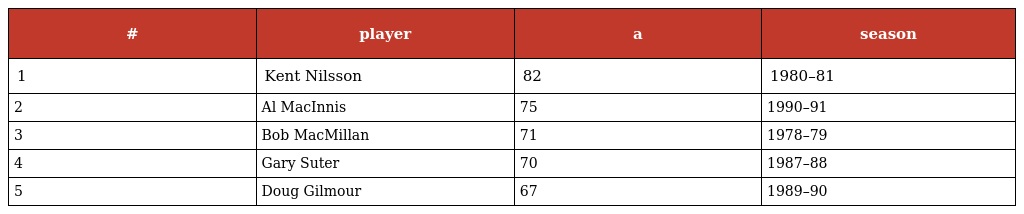
| # | player | a | season |
 | --- | --- | --- | --- |
 | 1 | Kent Nilsson | 82 | 1980–81 |
 | 2 | Al MacInnis | 75 | 1990–91 |
 | 3 | Bob MacMillan | 71 | 1978–79 |
 | 4 | Gary Suter | 70 | 1987–88 |
 | 5 | Doug Gilmour | 67 | 1989–90 |